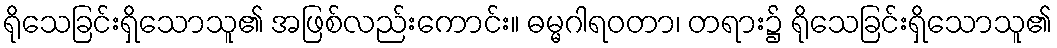
ရိုသေခြင်းရှိသောသူ၏ အဖြစ်လည်းကောင်း။ ဓမ္မဂါရဝတာ၊ တရား၌ ရိုသေခြင်းရှိသောသူ၏